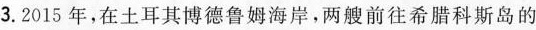
3.2015年，在土耳其博德鲁姆海岸，两艘前往希腊科斯岛的